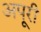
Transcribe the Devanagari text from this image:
अपूरी